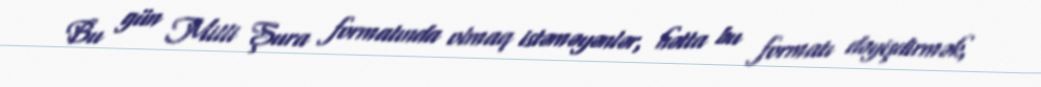
Bu gün Milli Şura formatında olmaq istəməyənlər, hətta bu formatı dəyişdirmək,